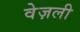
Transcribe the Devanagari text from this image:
वेज़ली